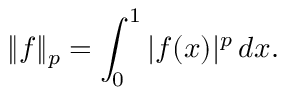
\| f \| _ { p } = \int _ { 0 } ^ { 1 } | f ( x ) | ^ { p } \, d x .